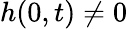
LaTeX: h(0,t)\neq 0